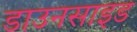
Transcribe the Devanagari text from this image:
डाउनसाइड